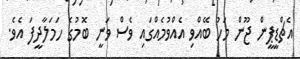
އެޗްޑީޕީން ޖޫން މަހު ބޭއްވި އެއްވުމެއްގައި ވެސް ވަނީ ބޮމުގެ ހަަމަލާދީފަ އެވެ.